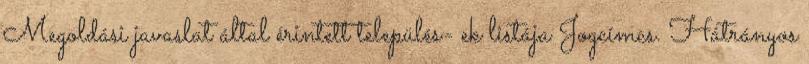
Megoldási javaslat által érintett település- ek listája Jogcímcs. Hátrányos